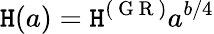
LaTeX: \mathtt{H}(a)=\mathtt{H}^{(\mathrm{{~G~R~}})}a^{b/4}